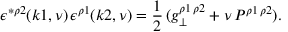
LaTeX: \epsilon ^ { * \rho 2 } ( k 1 , \nu ) \, \epsilon ^ { \rho 1 } ( k 2 , \nu ) = \frac { 1 } { 2 } \, ( g _ { \perp } ^ { \rho 1 \, \rho 2 } + \nu \, { \cal P } ^ { \rho 1 \, \rho 2 } ) .